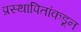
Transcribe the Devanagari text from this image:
प्रस्थापितांकडून